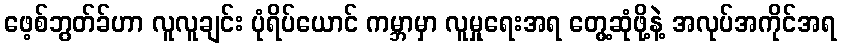
ဖေ့စ်ဘွတ်ခ်ဟာ လူလူချင်း ပုံရိပ်ယောင် ကမ္ဘာမှာ လူမှုရေးအရ တွေ့ဆုံဖို့နဲ့ အလုပ်အကိုင်အရ